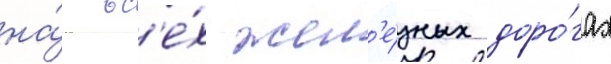
на́ вс'е́х жел'е́зных доро́гах